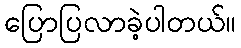
ပြောပြလာခဲ့ပါတယ်။